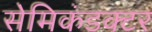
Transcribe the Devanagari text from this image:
सेमिकंडक्टर